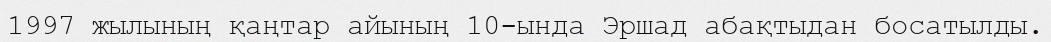
1997 жылының қаңтар айының 10-ында Эршад абақтыдан босатылды.